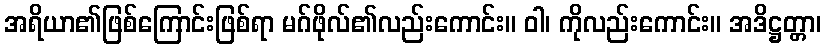
အရိယာ၏ဖြစ်ကြောင်းဖြစ်ရာ မဂ်ဖိုလ်၏လည်းကောင်း။ ဝါ၊ ကိုလည်းကောင်း။ အဒိဋ္ဌတ္တာ၊